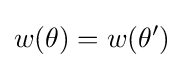
w(\theta )=w(\theta ')